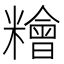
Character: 糩